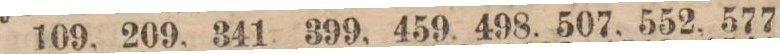
109, 209, 341, 399, 459, 498, 507, 552, 577,